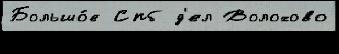
Большо́е Спб д'ел Волохово